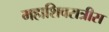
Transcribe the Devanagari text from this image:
महाशिवरात्रीस